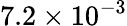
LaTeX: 7.2\times 10^{-3}